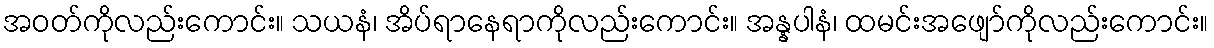
အဝတ်ကိုလည်းကောင်း။ သယနံ၊ အိပ်ရာနေရာကိုလည်းကောင်း။ အန္နပါနံ၊ ထမင်းအဖျော်ကိုလည်းကောင်း။